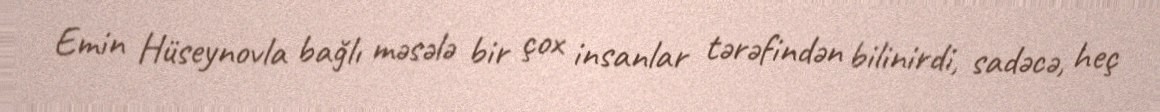
Emin Hüseynovla bağlı məsələ bir çox insanlar tərəfindən bilinirdi, sadəcə, heç